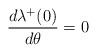
LaTeX: \begin{align*}\frac{d\lambda\sp+(0)}{d\theta}=0\end{align*}